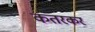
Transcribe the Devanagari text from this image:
कतरकर